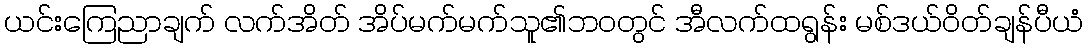
ယင်းကြေညာချက် လက်အိတ် အိပ်မက်မက်သူ၏ဘ၀တွင် အီလက်ထရွန်း မစ်ဒယ်ဝိတ်ချန်ပီယံ